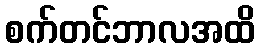
စက်တင်ဘာလအထိ